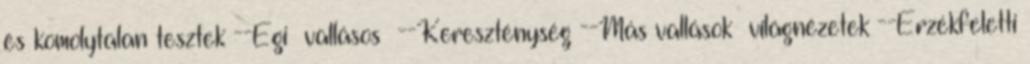
és komolytalan tesztek --Égi vallásos --Kereszténység --Más vallások világnézetek --Érzékfeletti